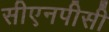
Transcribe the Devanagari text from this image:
सीएनपीसी